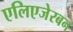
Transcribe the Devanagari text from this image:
एलिएजेरबन